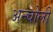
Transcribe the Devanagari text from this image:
अन्चोली